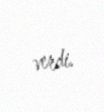
verdi.